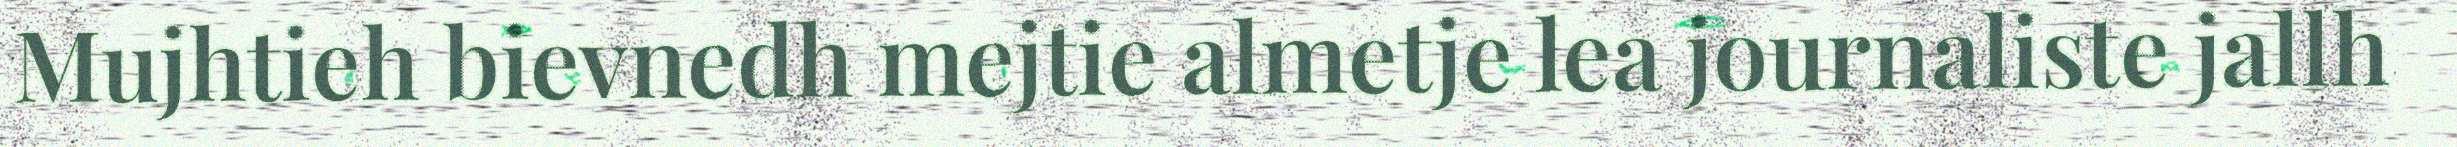
Mujhtieh bievnedh mejtie almetje lea journaliste jallh